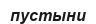
пустыни